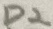
Text: D2